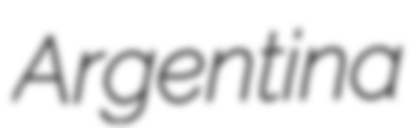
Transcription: Argentina